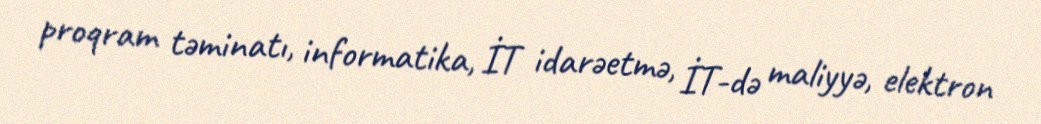
proqram təminatı, informatika, İT idarəetmə, İT-də maliyyə, elektron